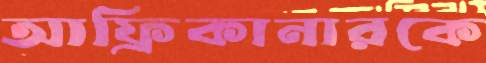
আফ্রিকানারকে